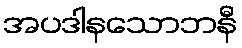
အပဒါနသောဘနီ